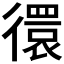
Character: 𢕼